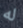
له